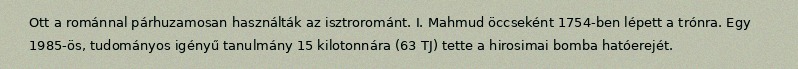
Ott a románnal párhuzamosan használták az isztrorománt. I. Mahmud öccseként 1754-ben lépett a trónra. Egy 1985-ös, tudományos igényű tanulmány 15 kilotonnára (63 TJ) tette a hirosimai bomba hatóerejét.